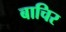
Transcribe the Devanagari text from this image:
बाचिर